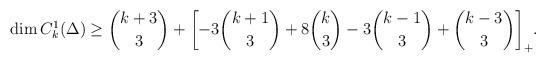
LaTeX: \begin{align*}&\dim C^1_k(\Delta)\geq\binom{k+3}{3}+\biggl[-3\binom{k+1}{3}+8\binom{k}{3}-3\binom{k-1}{3}+\binom{k-3}{3}\biggr]_+.\end{align*}